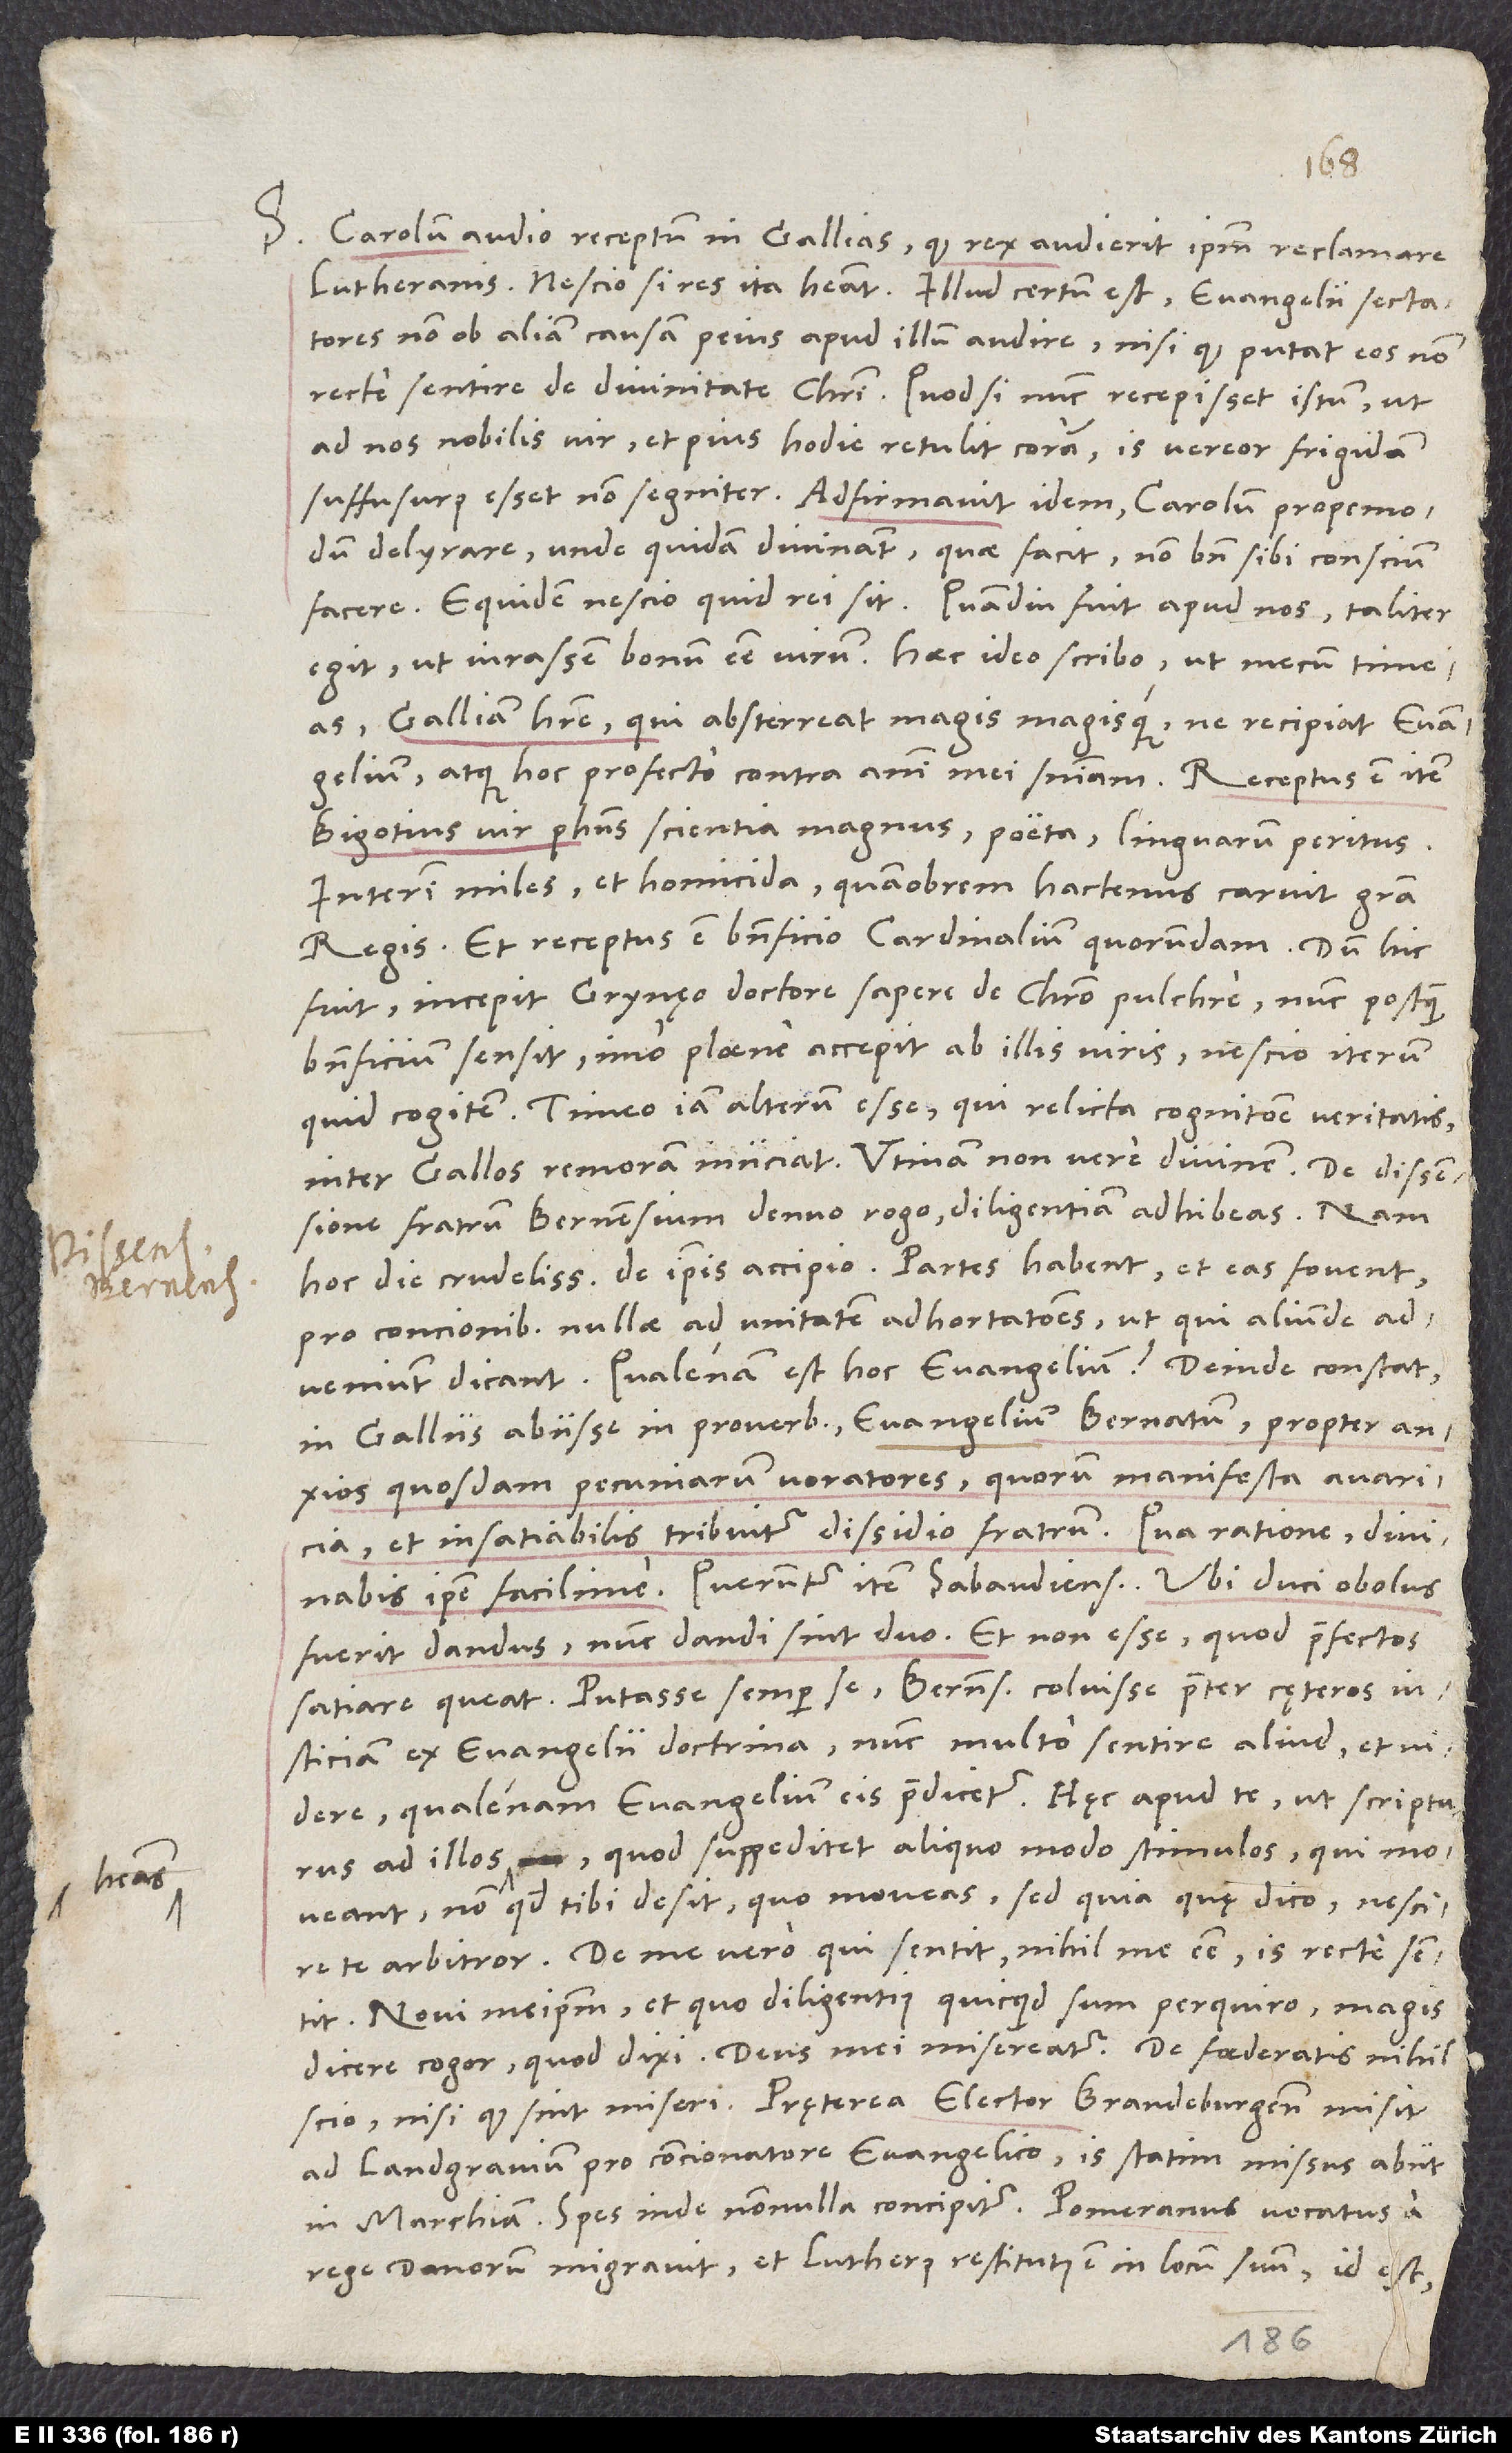
S. Carolum audio receptum in Gallias, quod rex audierit ipsum reclamare
Lutheranis. Nescio, si res ita habeat. Illud certum est evangelii sectatores
non ob aliam causam peius apud illum audire, nisi quod putat eos non
recte sentire de divinitate Christi. Quod si nunc recepisset istum, ut
ad nos nobilis vir et pius hodie retulit coram, is, vereor, frigidam
suffusurus esset non segniter. Adfirmavit idem Carolum propemodum
delyrare, unde quidam divinant, quae facit, non bene sibi conscium
facere. Equidem nescio, quid rei sit. Quamdiu fuit apud nos, taliter
egit, ut iurassem bonum esse virum. Haec ideo scribo, ut mecum timeas
Galliam habere, qui absterreat magis magisque, ne recipiat evangelium,
Bigotius, vir philosophus scientia magnus, poeta, linguarum peritus,
interim miles et homicida, quamobrem hactenus caruit gratia
regis. Et receptus est beneficio cardinalium quorundam. Dum hic
fuit, incepit Grynęo doctore sapere de Christo pulchre; nunc, postquam
beneficium sensit, imo plaene accepit ab illis viris, nescio iterum,
quid cogitem. Timeo iam alterum esse, qui relicta cognitione veritatis
inter Gallos remoram iniiciat. Utinam non vere divinem!
fratrum Bernensium denuo rogo, diligentiam adhibeas; nam
hoc die crudelissima de ipsis accipio. Partes habent et eas fovent,
pro concionibus nullae ad unitatem adhortationes, ut, qui aliunde
adveniunt, dicant: "Qualenam est hoc evangelium?" Deinde constat
in Galliis abiisse in proverbium "evangelium Bernatum" propter anxios
quosdam pecuniarum voratores, quorum manifesta avaricia
et insatiabilis tribuitur dissidio fratrum; qua ratione, divinabis
ipse facilime. Queruntur item Sabaudienses, ubi duci obolus
fuerit dandus, nunc dandi sint duo, et non esse, quod praefectos
satiare queat; putasse semper se Bernenses coluisse praeter cęteros
iusticiam ex evangelii doctrina, nunc multo sentire aliud et videre,
qualenam evangelium eis praedicetur. Haec apud te, ut scripturus
ad illos habeas, quod suppeditet aliquo modo stimulos, qui moveant
- non quod tibi desit, quo moveas, sed quia, quę dico, nescire
Novi meipsum, et quo diligentius, quicquid sum, perquiro, magis
scio, nisi quod sint miseri. Praeterea elector Brandeburgensis misit
ad landgravium pro concionatore evangelico; is statim missus abiit
in Marchiam. Spes inde nonnulla concipitur. Pomeranus vocatus a
rege Danorum migravit, et Lutherus restitutus est in locum suum, id est,